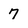
Character: 7